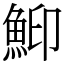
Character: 鮣